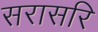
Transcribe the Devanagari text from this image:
सरासरि